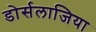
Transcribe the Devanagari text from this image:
डोर्सलाजिया